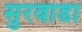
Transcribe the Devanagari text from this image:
सुरवाडा